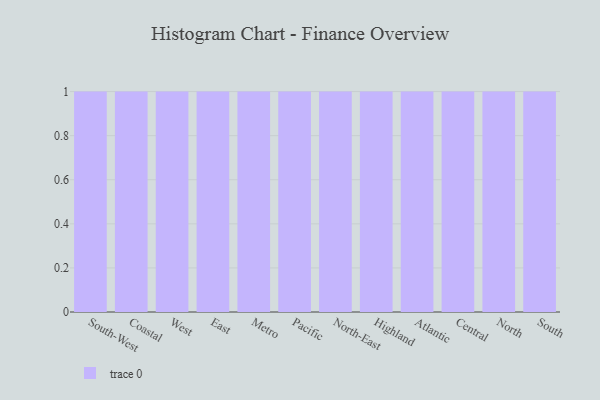
{"axis": {"x": "Region", "y": "Conversion Rate (%)"}, "legend": [""], "data": [{"x": "South-West", "y": 44, "type": ""}, {"x": "Coastal", "y": 96, "type": ""}, {"x": "West", "y": 64, "type": ""}, {"x": "East", "y": 37, "type": ""}, {"x": "Metro", "y": 90, "type": ""}, {"x": "Pacific", "y": 95, "type": ""}, {"x": "North-East", "y": 28, "type": ""}, {"x": "Highland", "y": 62, "type": ""}, {"x": "Atlantic", "y": 45, "type": ""}, {"x": "Central", "y": 62, "type": ""}, {"x": "North", "y": 13, "type": ""}, {"x": "South", "y": 2, "type": ""}]}